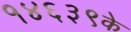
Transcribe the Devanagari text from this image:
१४६३९के